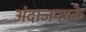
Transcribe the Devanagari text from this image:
अंदाजपत्रके